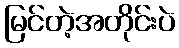
မြင်တဲ့အတိုင်းပဲ